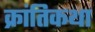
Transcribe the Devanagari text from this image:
क्रांतिकथा